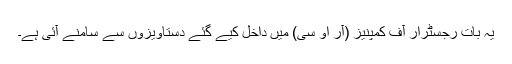
یہ بات رجسٹرار آف کمپنیز (آر او سی) میں داخل کیے گئے دستاویزوں سے سامنے آئی ہے۔